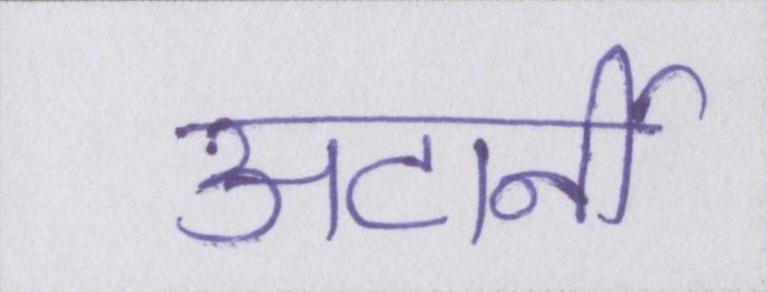
अटार्नी